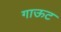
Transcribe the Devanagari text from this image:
गाऊट